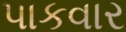
પાકવાર